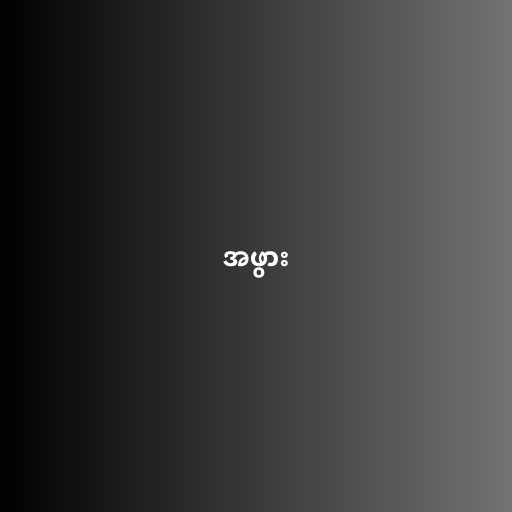
အဖွား